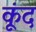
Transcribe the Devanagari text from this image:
कूंद